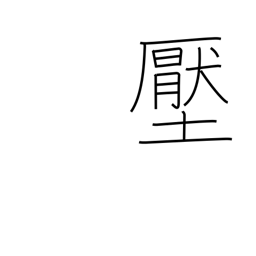
Meaning: pressure